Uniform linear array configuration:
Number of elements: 48
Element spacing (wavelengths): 1
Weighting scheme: exponential
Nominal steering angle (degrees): -30
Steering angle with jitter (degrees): -28.758
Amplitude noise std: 0.05
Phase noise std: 0.05

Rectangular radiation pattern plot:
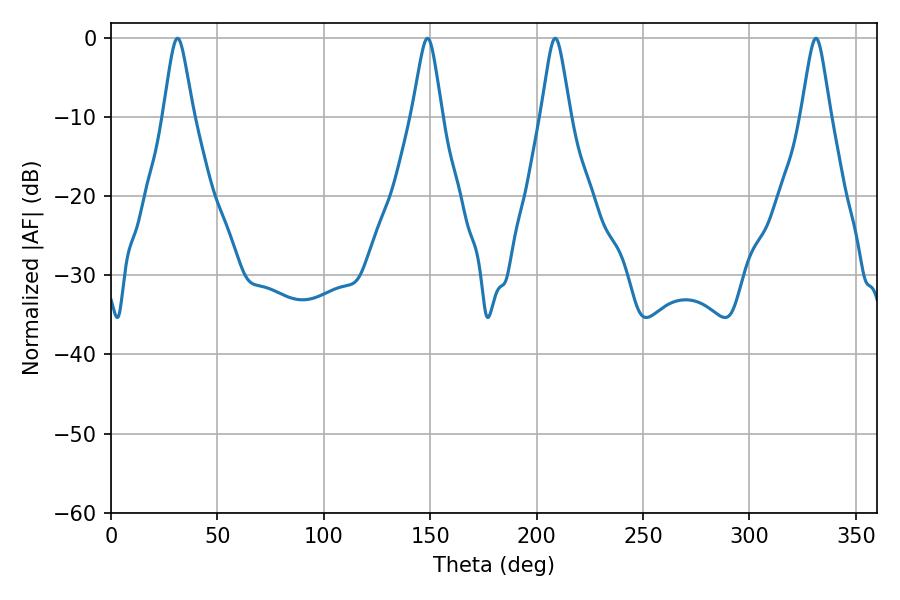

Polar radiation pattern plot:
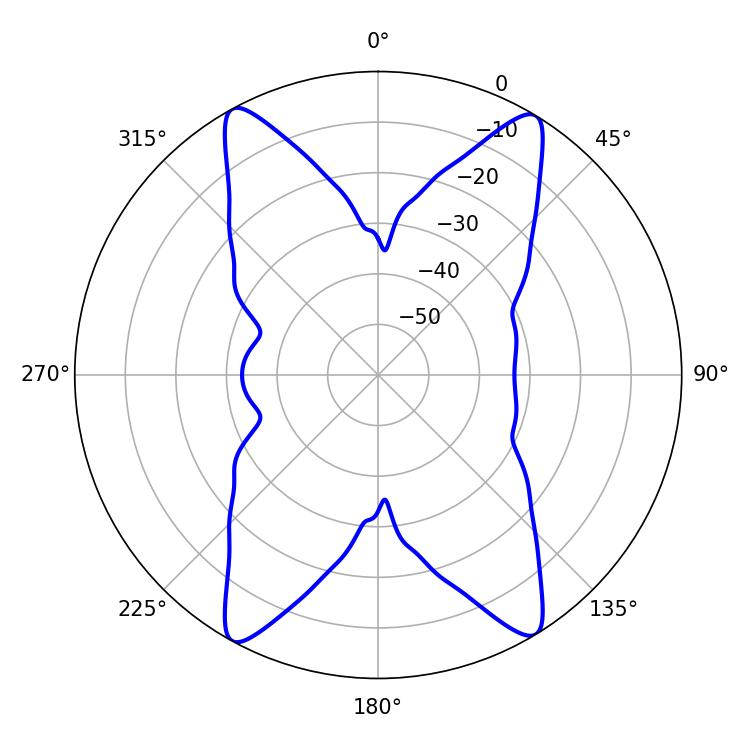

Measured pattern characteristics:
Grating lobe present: TRUE
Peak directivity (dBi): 21.188
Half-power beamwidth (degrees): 6.66
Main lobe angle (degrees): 148.68